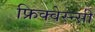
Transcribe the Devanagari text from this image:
फ्रिक्वेस्न्सी